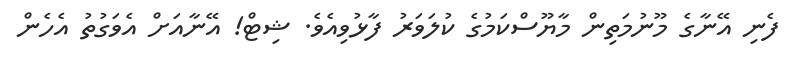
ފެނި އޭނާގެ މޫނުމަތިން މާޔޫސްކަމުގެ ކުލަވަރު ފާޅުވިއެވެ. ޝިޓް! އޭނާއަށް އެވަގުތު އެހެން